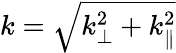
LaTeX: k=\sqrt{k_{\perp}^{2}+k_{\parallel}^{2}}